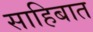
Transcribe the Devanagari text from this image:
साहिबात